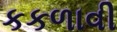
કકળાવી